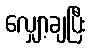
လျှော့ချပြီး